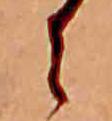
に